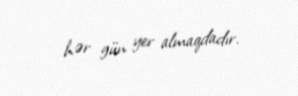
hər gün yer almaqdadır.